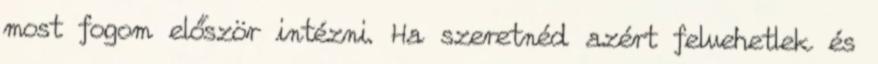
most fogom először intézni. Ha szeretnéd azért felvehetlek és